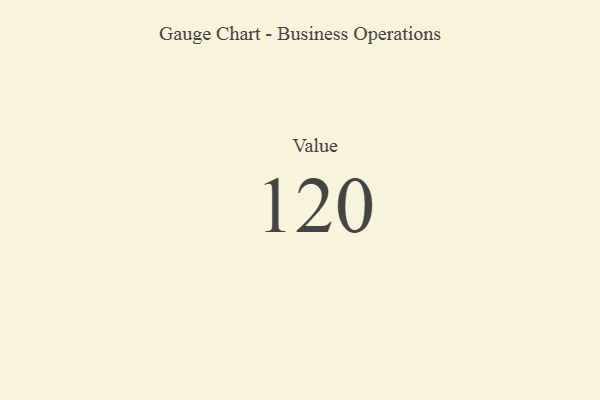
{"axis": {"x": "Metric", "y": "Value"}, "legend": [""], "data": [{"x": "Value", "y": 120, "type": ""}]}